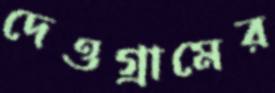
দেওগ্রামের